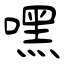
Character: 嘿